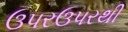
ઉપરઉપરથી